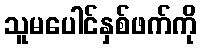
သူမပေါင်နှစ်ဖက်ကို